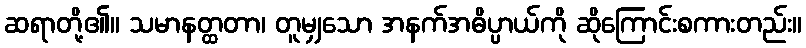
ဆရာတို့၏။ သမာနတ္ထတာ၊ တူမျှသော အနက်အဓိပ္ပာယ်ကို ဆိုကြောင်းစကားတည်း။